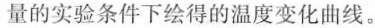
量的实验条件下绘得的温度变化曲线。